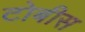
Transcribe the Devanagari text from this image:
टोबीस